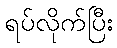
ရပ်လိုက်ပြီး